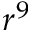
r ^ { 9 }